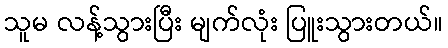
သူမ လန့်သွားပြီး မျက်လုံး ပြူးသွားတယ်။